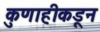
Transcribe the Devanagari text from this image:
कुणाहीकडून